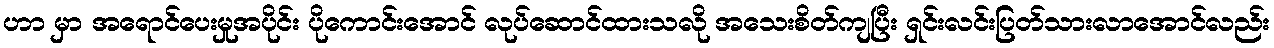
ဟာ မှာ အရောင်ပေးမှုအပိုင်း ပိုကောင်းအောင် လုပ်ဆောင်ထားသလို အသေးစိတ်ကျပြီး ရှင်းလင်းပြတ်သားလာအောင်လည်း